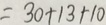
= 3 0 + 1 3 + 1 0